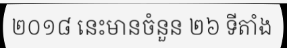
២០១៨ នេះមានចំនួន ២៦ ទីតាំង